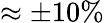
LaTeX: \approx\pm 10\%